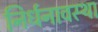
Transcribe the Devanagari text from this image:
निर्धनावस्था